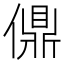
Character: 𫣨